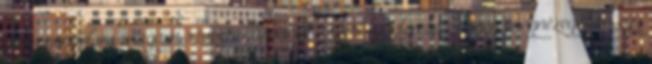
Nem gondolom magam szupermamának. Azért szeptember elsején megnézegettem egy